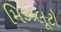
મિઝલૂટો